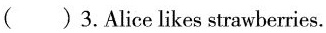
( ) 3.Alice likes strawberries.